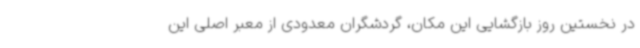
در نخستین روز بازگشایی این مکان، گردشگران معدودی از معبر اصلی این